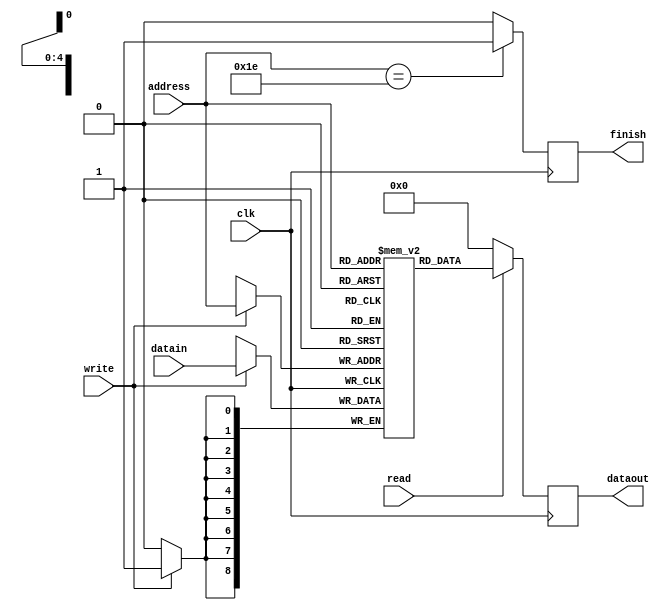
module AdaBoostBagging_Weigth_Memory(clk,datain,dataout,address,read,write,finish);
input clk;
input signed [8:0] datain;
input [4:0] address;
input read;
input write;
output signed[8:0] dataout;
output finish;
reg finish;
reg signed[8:0] dataout;
reg signed[8:0] memory[0:29];
always@(posedge clk)
begin
if(write==1)
	memory[address]<=datain;
end

always@(posedge clk)
begin
if(address==30)
	finish<=1;
else 
	finish<=0;
end

always@(posedge clk)
begin
if(read==1)
	dataout<=memory[address];
else
	dataout<=0;
end

//assign dataout=read?memory[address]:9'b0;
endmodule